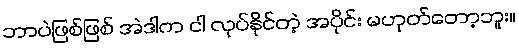
ဘာပဲဖြစ်ဖြစ် အဲဒါက ငါ လုပ်နိုင်တဲ့ အပိုင်း မဟုတ်တော့ဘူး။